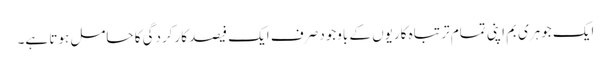
ایک جوہری بم اپنی تمام تر تباہ کاریوں کے باوجود صرف ایک فیصد کارکردگی کا حامل ہوتا ہے۔